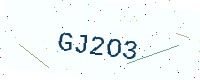
Text: GJ2O3